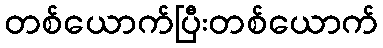
တစ်ယောက်ပြီးတစ်ယောက်